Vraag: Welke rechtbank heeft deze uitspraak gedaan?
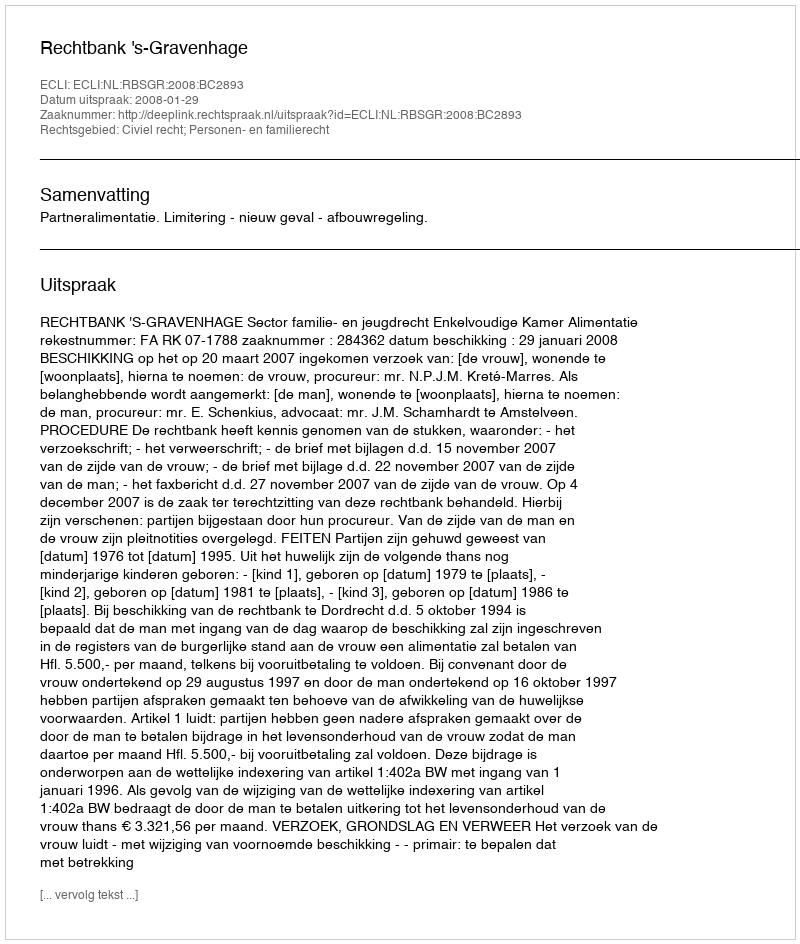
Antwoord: Rechtbank 's-Gravenhage